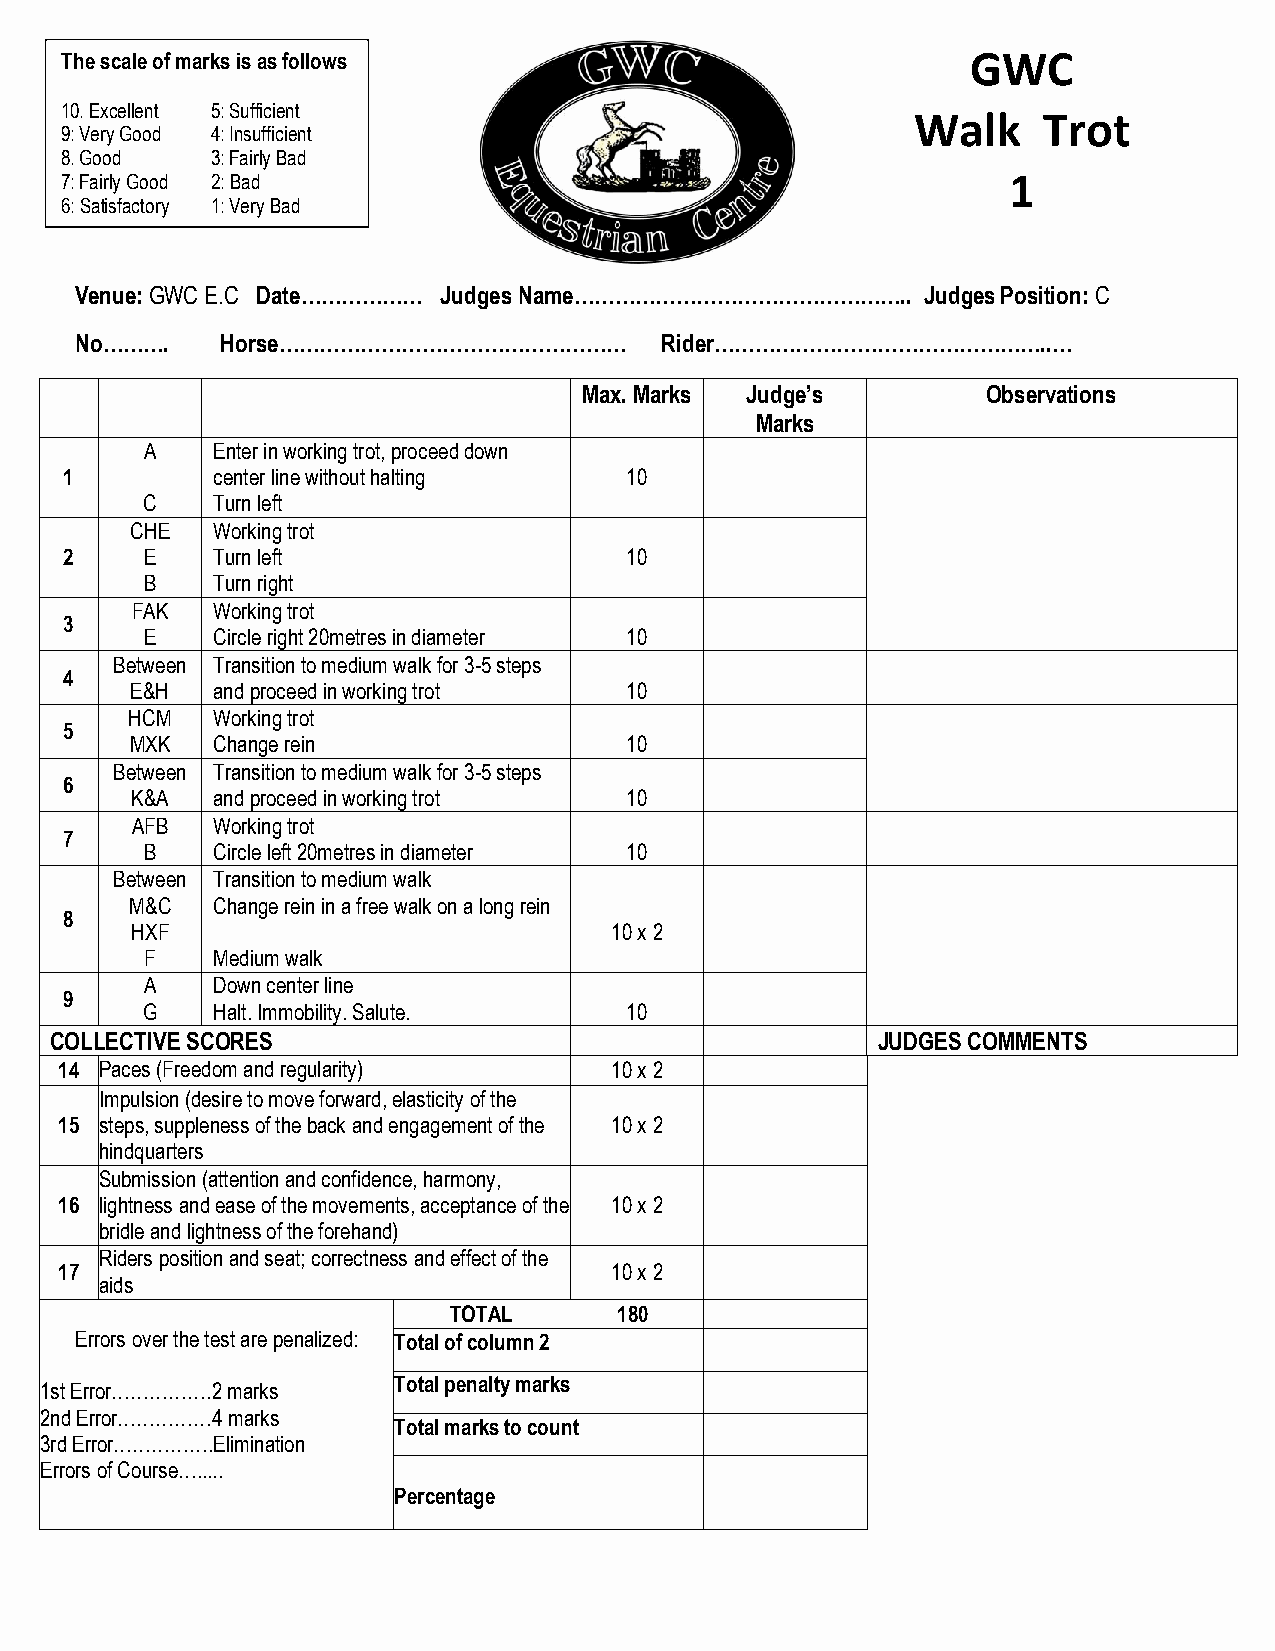
The scale of marks is as follows                            GWC
 10. Excellent 5: Sufficient
 Walk    Trot
 9: Very Good 4: Insufficient
 8. Good   3: Fairly Bad
 7: Fairly Good 2: Bad                                          1
 6: Satisfactory 1: Very Bad
 0: Not Performed
 Venue: GWC E.C Date……………… Judges Name………………………………………….. Judges Position: C
 No……….    Horse……………………………………………       Rider…………………………………………..…
 Max. Marks Judge’s        Observations
 Marks
 A   Enter in working trot, proceed down
 1         center line without halting 10
 C    Turn left
 CHE  Working trot
 2     E   Turn left                  10
 B   Turn right
 FAK  Working trot
 3
 E   Circle right 20metres in diameter 10
 Between Transition to medium walk for 3-5 steps
 4
 E&H  and proceed in working trot 10
 HCM   Working trot
 5
 MXK  Change rein                10
 Between Transition to medium walk for 3-5 steps
 6
 K&A  and proceed in working trot 10
 AFB  Working trot
 7
 B   Circle left 20metres in diameter 10
 Between Transition to medium walk
 M&C  Change rein in a free walk on a long rein
 8
 HXF                            10 x 2
 F   Medium walk
 A   Down center line
 9
 G    Halt. Immobility. Salute.  10
 COLLECTIVE SCORES                                      JUDGES COMMENTS
 14 Paces (Freedom and regularity)   10 x 2
 Impulsion (desire to move forward, elasticity of the
 15 steps, suppleness of the back and engagement of the 10 x 2
 hindquarters
 Submission (attention and confidence, harmony,
 16 lightness and ease of the movements, acceptance of the 10 x 2
 bridle and lightness of the forehand)
 Riders position and seat; correctness and effect of the
 17                                  10 x 2
 aids
 TOTAL      180
 Errors over the test are penalized: Total of column 2
 1st Error…………….2 marks
 Total penalty marks
 2nd Error……………4 marks
 Total marks to count
 3rd Error…………….Elimination
 Errors of Course….....
 Percentage